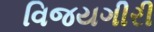
વિજયગીરી